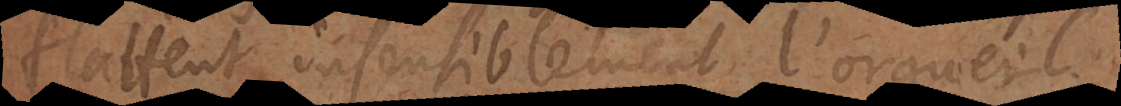
flattent insensiblement l’orgueil